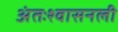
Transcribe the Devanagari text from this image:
अंतःश्वासनली